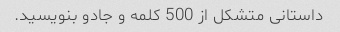
داستانی متشکل از 500 کلمه و جادو بنویسید.